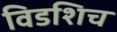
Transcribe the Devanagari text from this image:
विडशिच